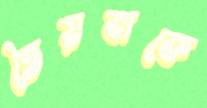
তৈয়বাকে